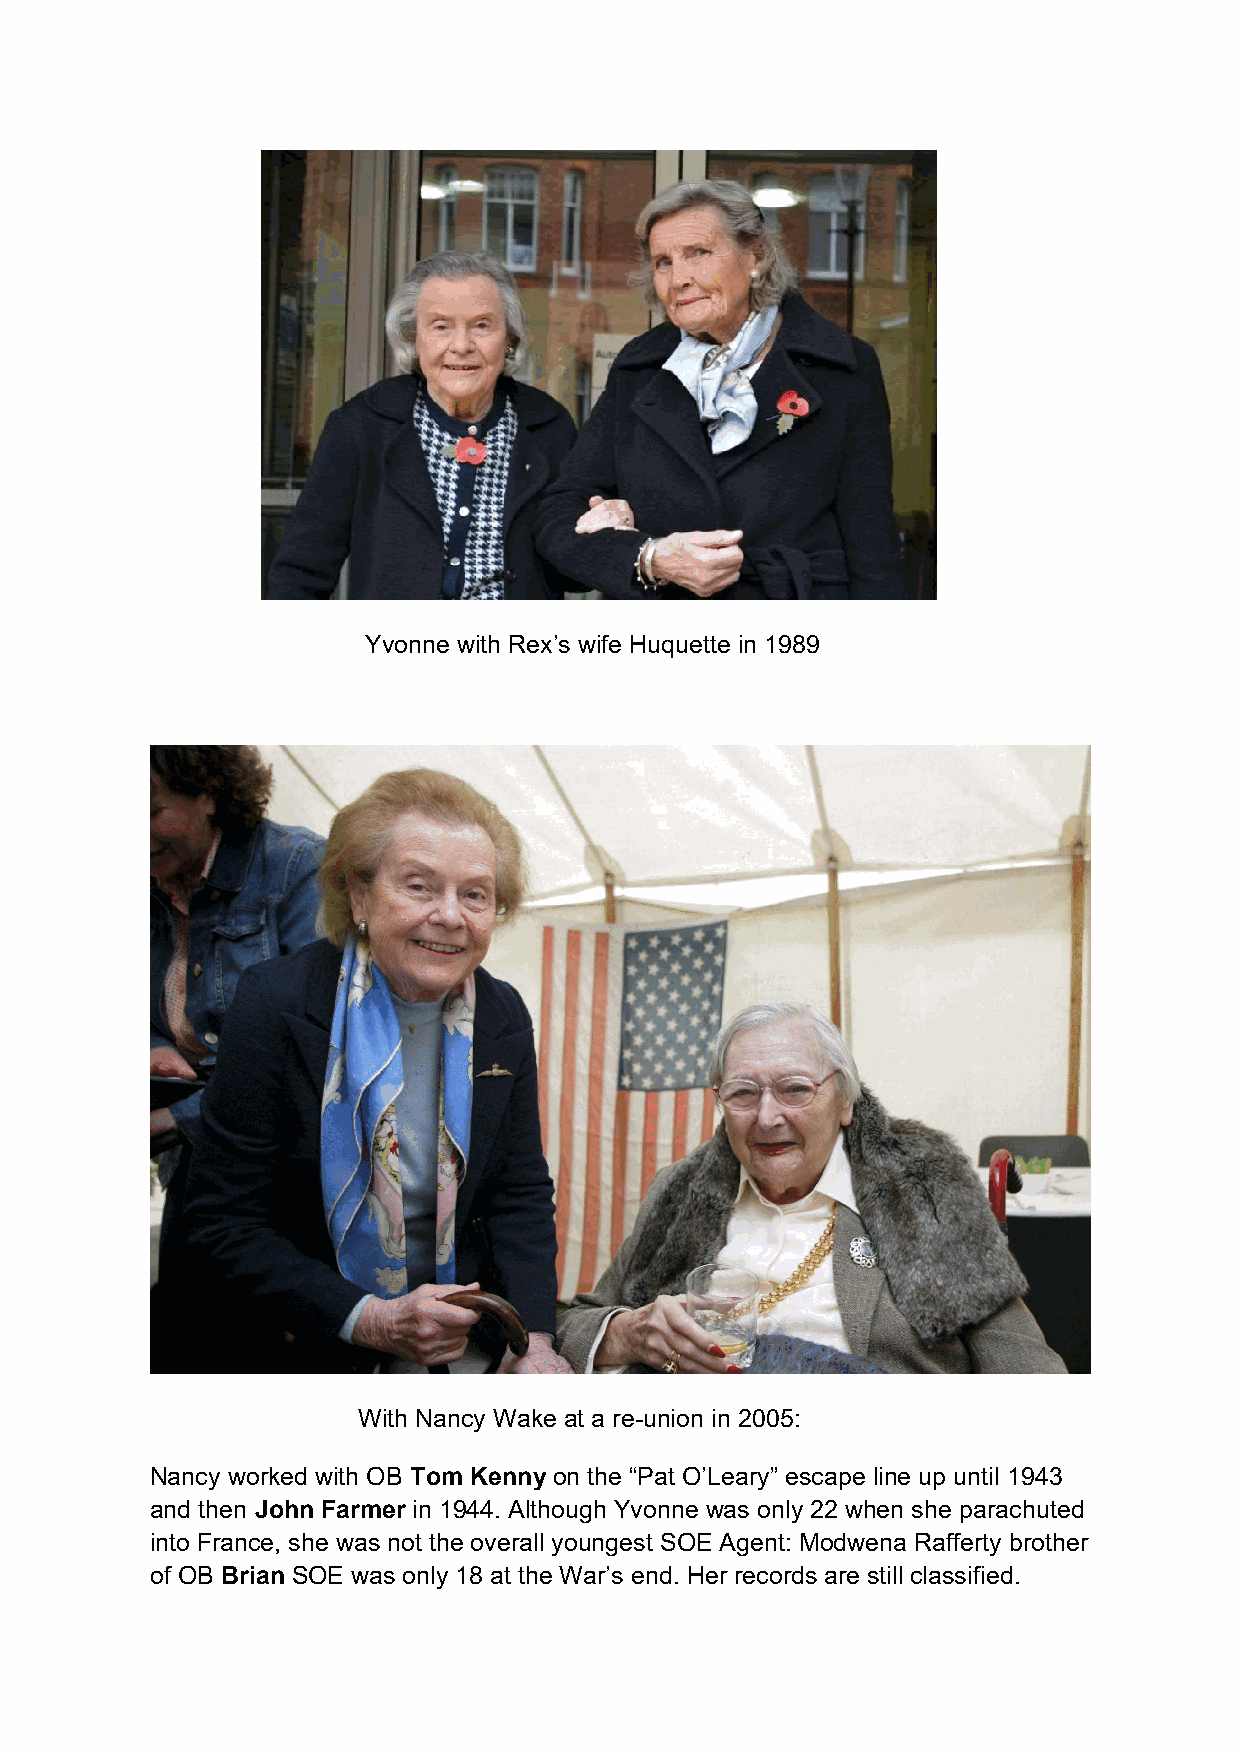
Yvonne with Rex’s wife Huquette in 1989
 With Nancy Wake at a re-union in 2005:
 Nancy worked with OB Tom Kenny on the “Pat O’Leary” escape line up until 1943
 and then John Farmer in 1944. Although Yvonne was only 22 when she parachuted
 into France, she was not the overall youngest SOE Agent: Modwena Rafferty brother
 of OB Brian SOE was only 18 at the War’s end. Her records are still classified.